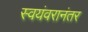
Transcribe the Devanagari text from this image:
स्वयंवरानंतर